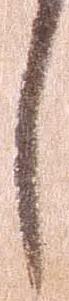
し